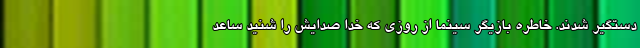
دستگیر شدند. خاطره بازیگر سینما از روزی که خدا صدایش را شنید ساعد